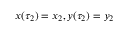
x ( \tau _ { 2 } ) = x _ { 2 } , y ( \tau _ { 2 } ) = y _ { 2 }